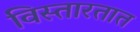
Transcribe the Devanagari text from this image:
विस्तारतात